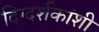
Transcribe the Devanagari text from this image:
दिग्दर्शकांशी